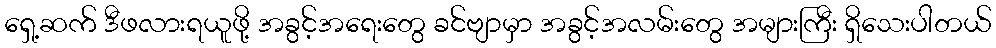
ရှေ့ဆက် ဒီဖလားရယူဖို့ အခွင့်အရေးတွေ ခင်ဗျာမှာ အခွင့်အလမ်းတွေ အများကြီး ရှိသေးပါတယ်